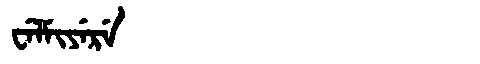
Manchu: ᠸᡝᠯᠮᡳᠶᡝᡵᡝ
Romanization: WELMIYERE